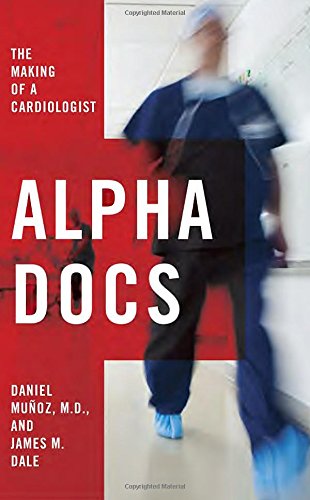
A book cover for Alpha Docs: The Making of a Cardiologist; Daniel MuÃ±oz; Health, Fitness & Dieting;